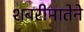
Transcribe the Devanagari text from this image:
शबरीमातेने